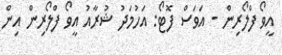
އީވޯ ފްލޯރިން - އަވަސް ފޮޓޯ: އަހުމަދު ޝުރާއު އީވޯ ފްލޯރިން އިން